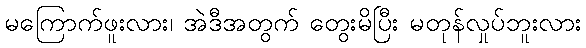
မကြောက်ဖူးလား၊ အဲဒီအတွက် တွေးမိပြီး မတုန်လှုပ်ဘူးလား